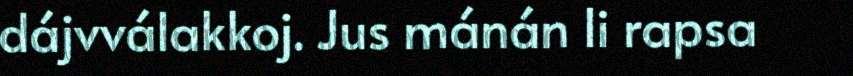
dájvválakkoj. Jus mánán li rapsa